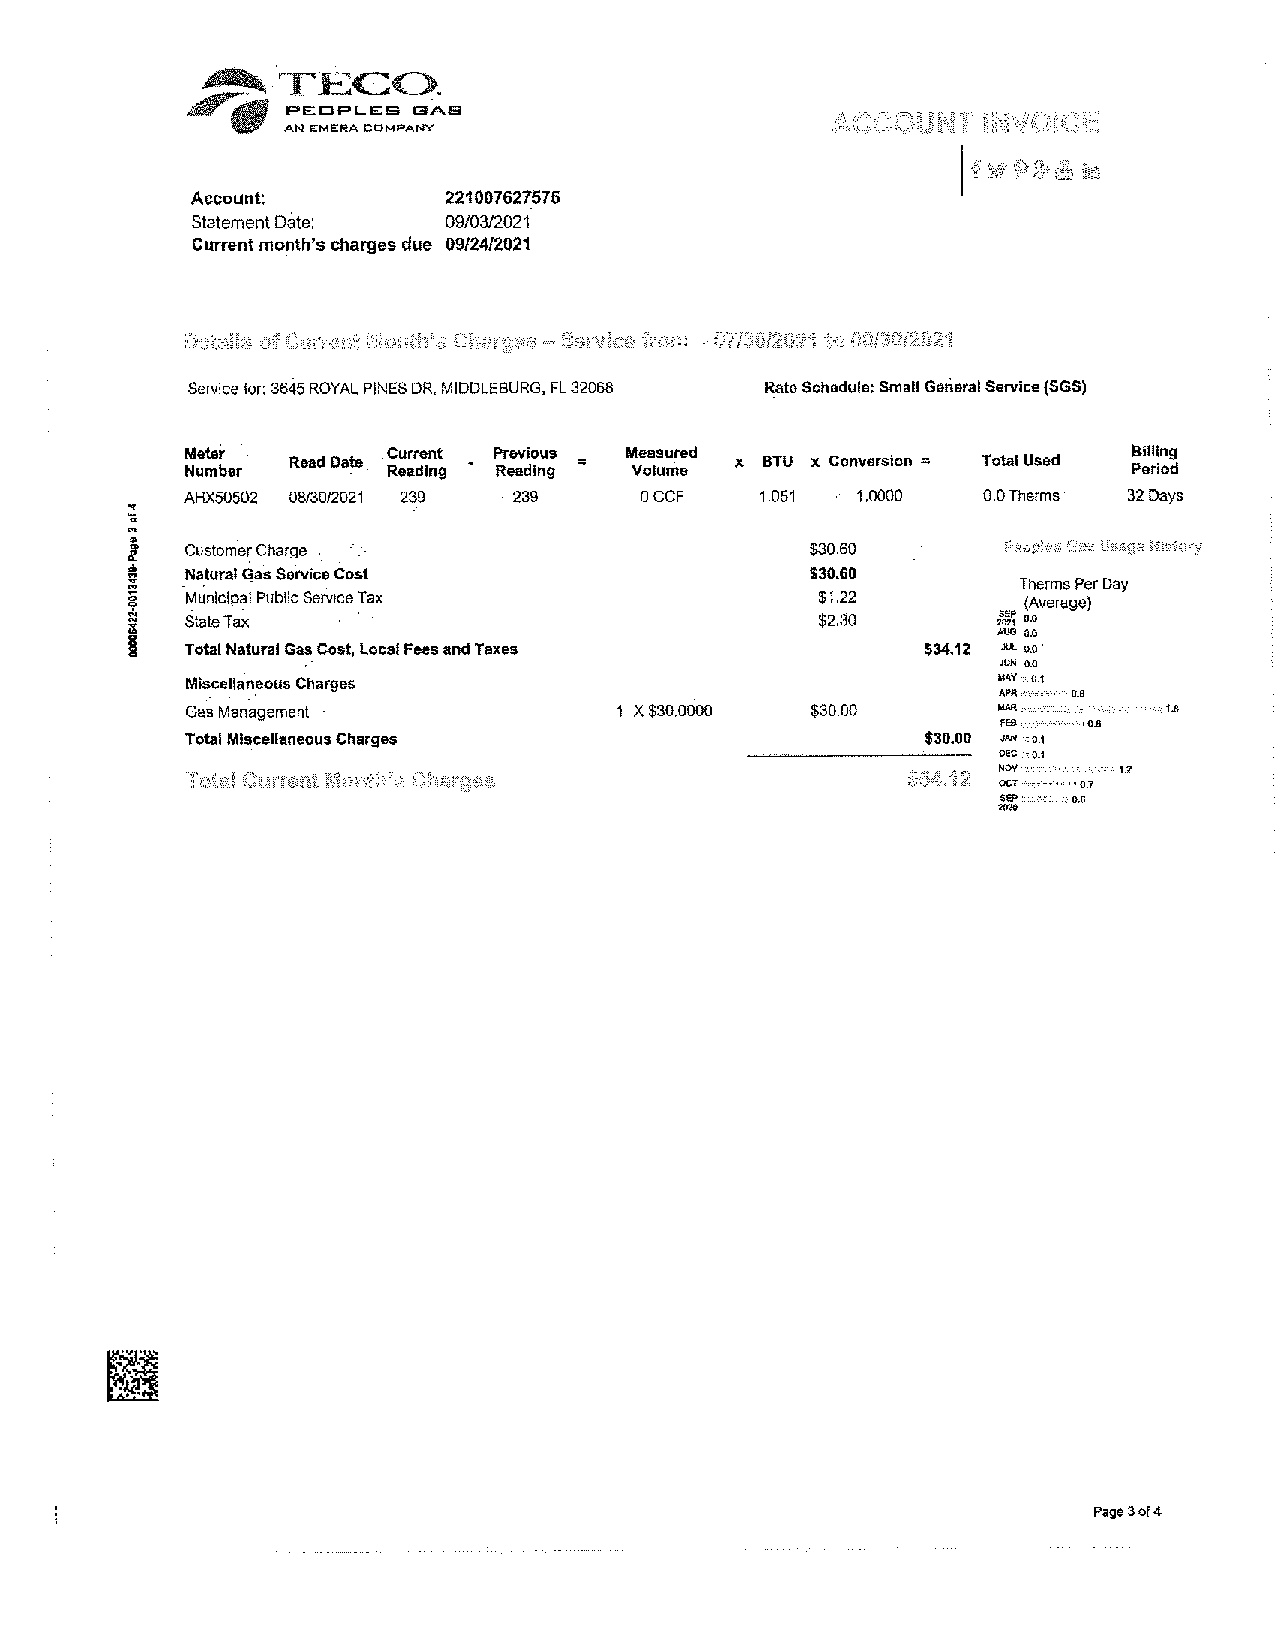
~TECO.
 ~-     PEOPLES c:3A._5
 _ _ AN E"ME:f,/A COMPANY
 Account:        221007627575
 Statement oate: 09/03/2021
 Current mo_nth'sc harges due 09/24/2021
 Service for: 3645 ROYAL PINES DR, MIDDLEBURG, FL32068 R:ata Schedule: Small Gerieral Service (SGS)
 Meter  Read Date .Current Previous = Measured x BTU x Conversion = Total Used l:lilllng
 Number        Reading Reading Volume                           Period
 AHX50502 08/30/2021 239 239   0CCF    1.051  1.0000  0.0 Therms 32 Days
 Custom'erC harge                          $30.60
 Natural ~as Sai-vic.eC ost                $30.60
 Therms Per Day
 Municip~l Public Service Tax              $1.22         (Average)
 State Tax                                 $2.30       ~ 0.0
 AUG OJI
 Total Natural Gas Cost, Local Fees and Taxes     $34.12 JUL 0.0.
 JUN 0.0
 Miscella"n_eouCsh arges                               "-" ,0.1
 "'  ,. o.e
 Gas Management               1 X $30.0000 $30.00                 '-'
 effi  "
 Total Miscellaneous Charges                      $30.00 ,M ,0-1
 oec ,0.1
 ,o,
 ,-;_,,     '2
 LS', cc, : 0.7
 =,ee
 ' 0.6
 Page 3of4